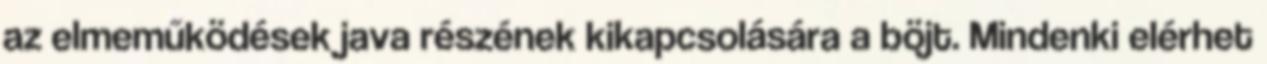
az elmeműködések java részének kikapcsolására a böjt. Mindenki elérhet